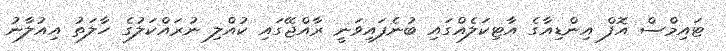
ޓައިމްސް އޮފް އިންޑިއާގެ އާޓިކަލެއްގައި ބުނެފައިވަނީ ރާއްޖޭގައި ކުއްލި ނުރައްކަލުގެ ހާލަތު އިއުލާނު